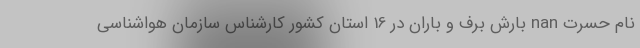
نام حسرت nan بارش برف و باران در 16 استان کشور کارشناس سازمان هواشناسی